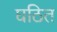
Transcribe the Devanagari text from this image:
घठित